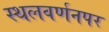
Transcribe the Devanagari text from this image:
स्थलवर्णनपर